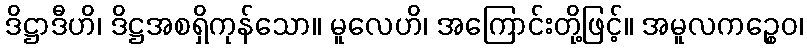
ဒိဋ္ဌာဒီဟိ၊ ဒိဋ္ဌအစရှိကုန်သော။ မူလေဟိ၊ အကြောင်းတို့ဖြင့်။ အမူလကဉ္စေဝ၊